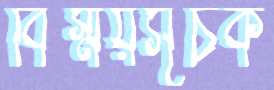
বিস্ময়সূচক